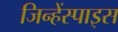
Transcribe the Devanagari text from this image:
जिन्हेंस्पाइस